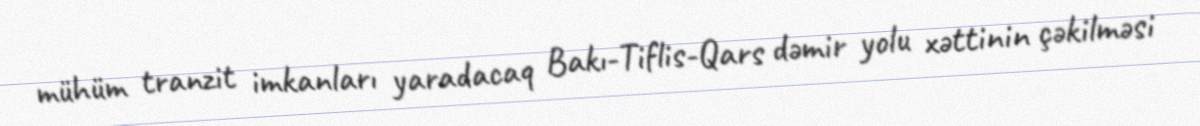
mühüm tranzit imkanları yaradacaq Bakı-Tiflis-Qars dəmir yolu xəttinin çəkilməsi